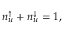
n _ { u } ^ { \uparrow } + n _ { u } ^ { \downarrow } = 1 ,